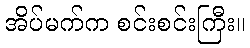
အိပ်မက်က စင်းစင်းကြီး။